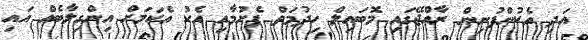
އަދި އެކުންފުނިން ރާއްޖޭގައި މޮބައިލް ހިދުމަތް ފެށުމާއި އެކު އެކަމަށް އިންގިލާބެއް އައި